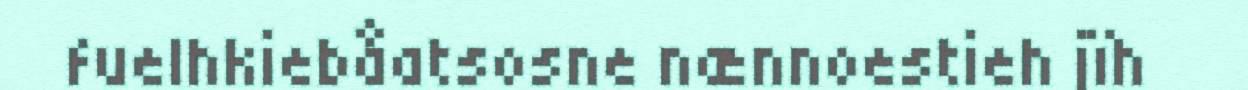
fuelhkiebåatsosne nænnoestieh jïh